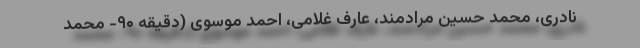
نادری، محمد حسین مرادمند، عارف غلامی، احمد موسوی (دقیقه ۹۰- محمد